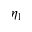
\eta _ { 1 }